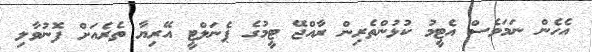
އެހެން ނަމަވެސް އެޓީމު ކުޅުންތެރިން ރާއްޖޭ ޓީމުގެ ޕެނަލްޓީ އޭރިޔާ ތެރެއަށް ފޮނުވާލި